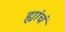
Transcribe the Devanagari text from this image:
ह्यांचं